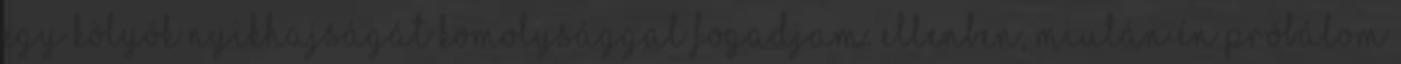
egy kölyök nyikhajságát komolysággal fogadjam. Ellenben, miután én próbálom